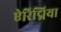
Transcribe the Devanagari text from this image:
ऐरिद्मिया